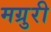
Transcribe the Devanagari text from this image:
मग्रुरी